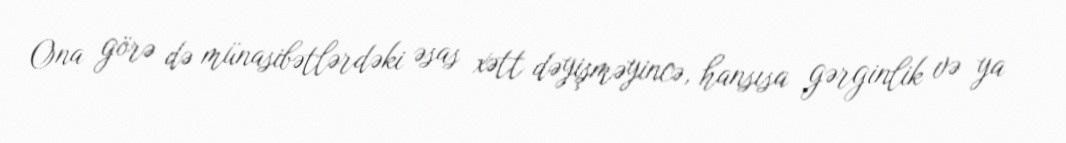
Ona görə də münasibətlərdəki əsas xətt dəyişməyincə, hansısa gərginlik və ya